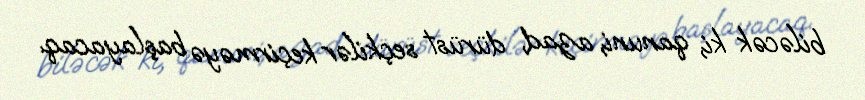
biləcək ki, qanuni, azad, dürüst seçkilər keçirməyə başlayacaq.